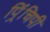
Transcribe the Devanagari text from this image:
पिं्रचिपी